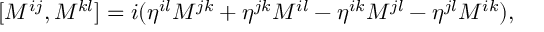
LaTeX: [ M ^ { i j } , M ^ { k l } ] = i ( \eta ^ { i l } M ^ { j k } + \eta ^ { j k } M ^ { i l } - \eta ^ { i k } M ^ { j l } - \eta ^ { j l } M ^ { i k } ) ,